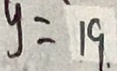
y = 1 9 .